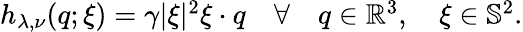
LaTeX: \begin{array}{r}{h_{\lambda,\nu}(q;\xi)=\gamma|\xi|^{2}\xi\cdot q\quad\forall\quad q\in\mathbb{R}^{3},\quad\xi\in\mathbb{S}^{2}.}\end{array}